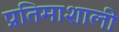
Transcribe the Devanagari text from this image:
प्रतिमाशाली